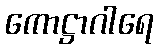
ကောဋ္ဌာဂါရေ